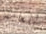
للعامة